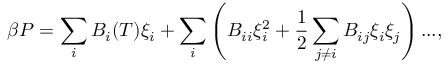
\beta P = \sum _ { i } B _ { i } ( T ) \xi _ { i } + \sum _ { i } \left( B _ { i i } \xi _ { i } ^ { 2 } + \frac { 1 } { 2 } \sum _ { j \neq i } B _ { i j } \xi _ { i } \xi _ { j } \right) . . . , \nonumber